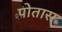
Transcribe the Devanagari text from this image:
पोतारा